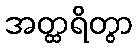
အတ္ထရိတွာ